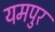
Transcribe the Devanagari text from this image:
यमपुर